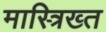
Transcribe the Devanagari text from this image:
मास्त्रिख्त